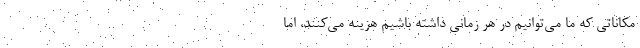
مكاناتي كه ما مي‌توانيم در هر زماني داشته باشيم هزينه مي‌كنند، اما